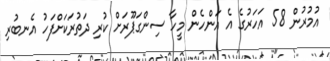
އުމުރުން 58 އަހަރުގެ އެ އަންހެން މީހާ ސިންގަޕޫރަށް ކުރި ދަތުރަކަށްފަހު އެނބުރި